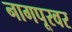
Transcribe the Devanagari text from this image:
नागपूरवर